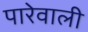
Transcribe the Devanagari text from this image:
पारेवाली